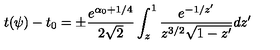
t ( \psi ) - t _ { 0 } = \pm \frac { e ^ { \alpha _ { 0 } + 1 / 4 } } { 2 \sqrt { 2 } } \int _ { z } ^ { 1 } { \frac { e ^ { - 1 / z ^ { \prime } } } { z ^ { 3 / 2 } \sqrt { 1 - z ^ { \prime } } } d z ^ { \prime } }